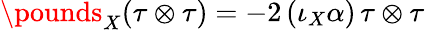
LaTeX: \pounds_{X}(\tau\otimes\tau)=-2\, (\iota_{X}\alpha)\, \tau\otimes\tau